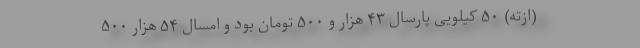
(ازته) ۵۰ کیلویی پارسال ۴۳ هزار و ۵۰۰ تومان بود و امسال ۵۴ هزار ۵۰۰